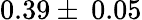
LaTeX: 0.39\pm\: 0.05